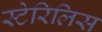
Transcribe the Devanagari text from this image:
स्टेरिलिस